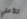
للأعلي